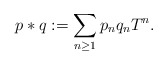
\begin{align*}p\ast q:=\sum_{n \geq 1}p_n q_nT^n.\end{align*}